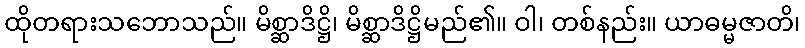
ထိုတရားသဘောသည်။ မိစ္ဆာဒိဋ္ဌိ၊ မိစ္ဆာဒိဋ္ဌိမည်၏။ ဝါ၊ တစ်နည်း။ ယာဓမ္မဇာတိ၊